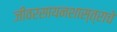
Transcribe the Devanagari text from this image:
जीवरसायनशास्त्राचे